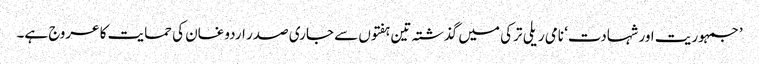
’جمہوریت اور شہادت‘ نامی ریلی ترکی میں گذشتہ تین ہفتوں سے جاری صدر اردوغان کی حمایت کا عروج ہے۔